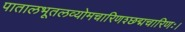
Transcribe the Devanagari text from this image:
पातालभूतलव्योमचारिणश्छद्मचारिणः।